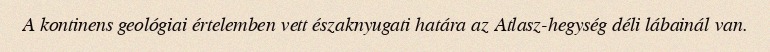
A kontinens geológiai értelemben vett északnyugati határa az Atlasz-hegység déli lábainál van.